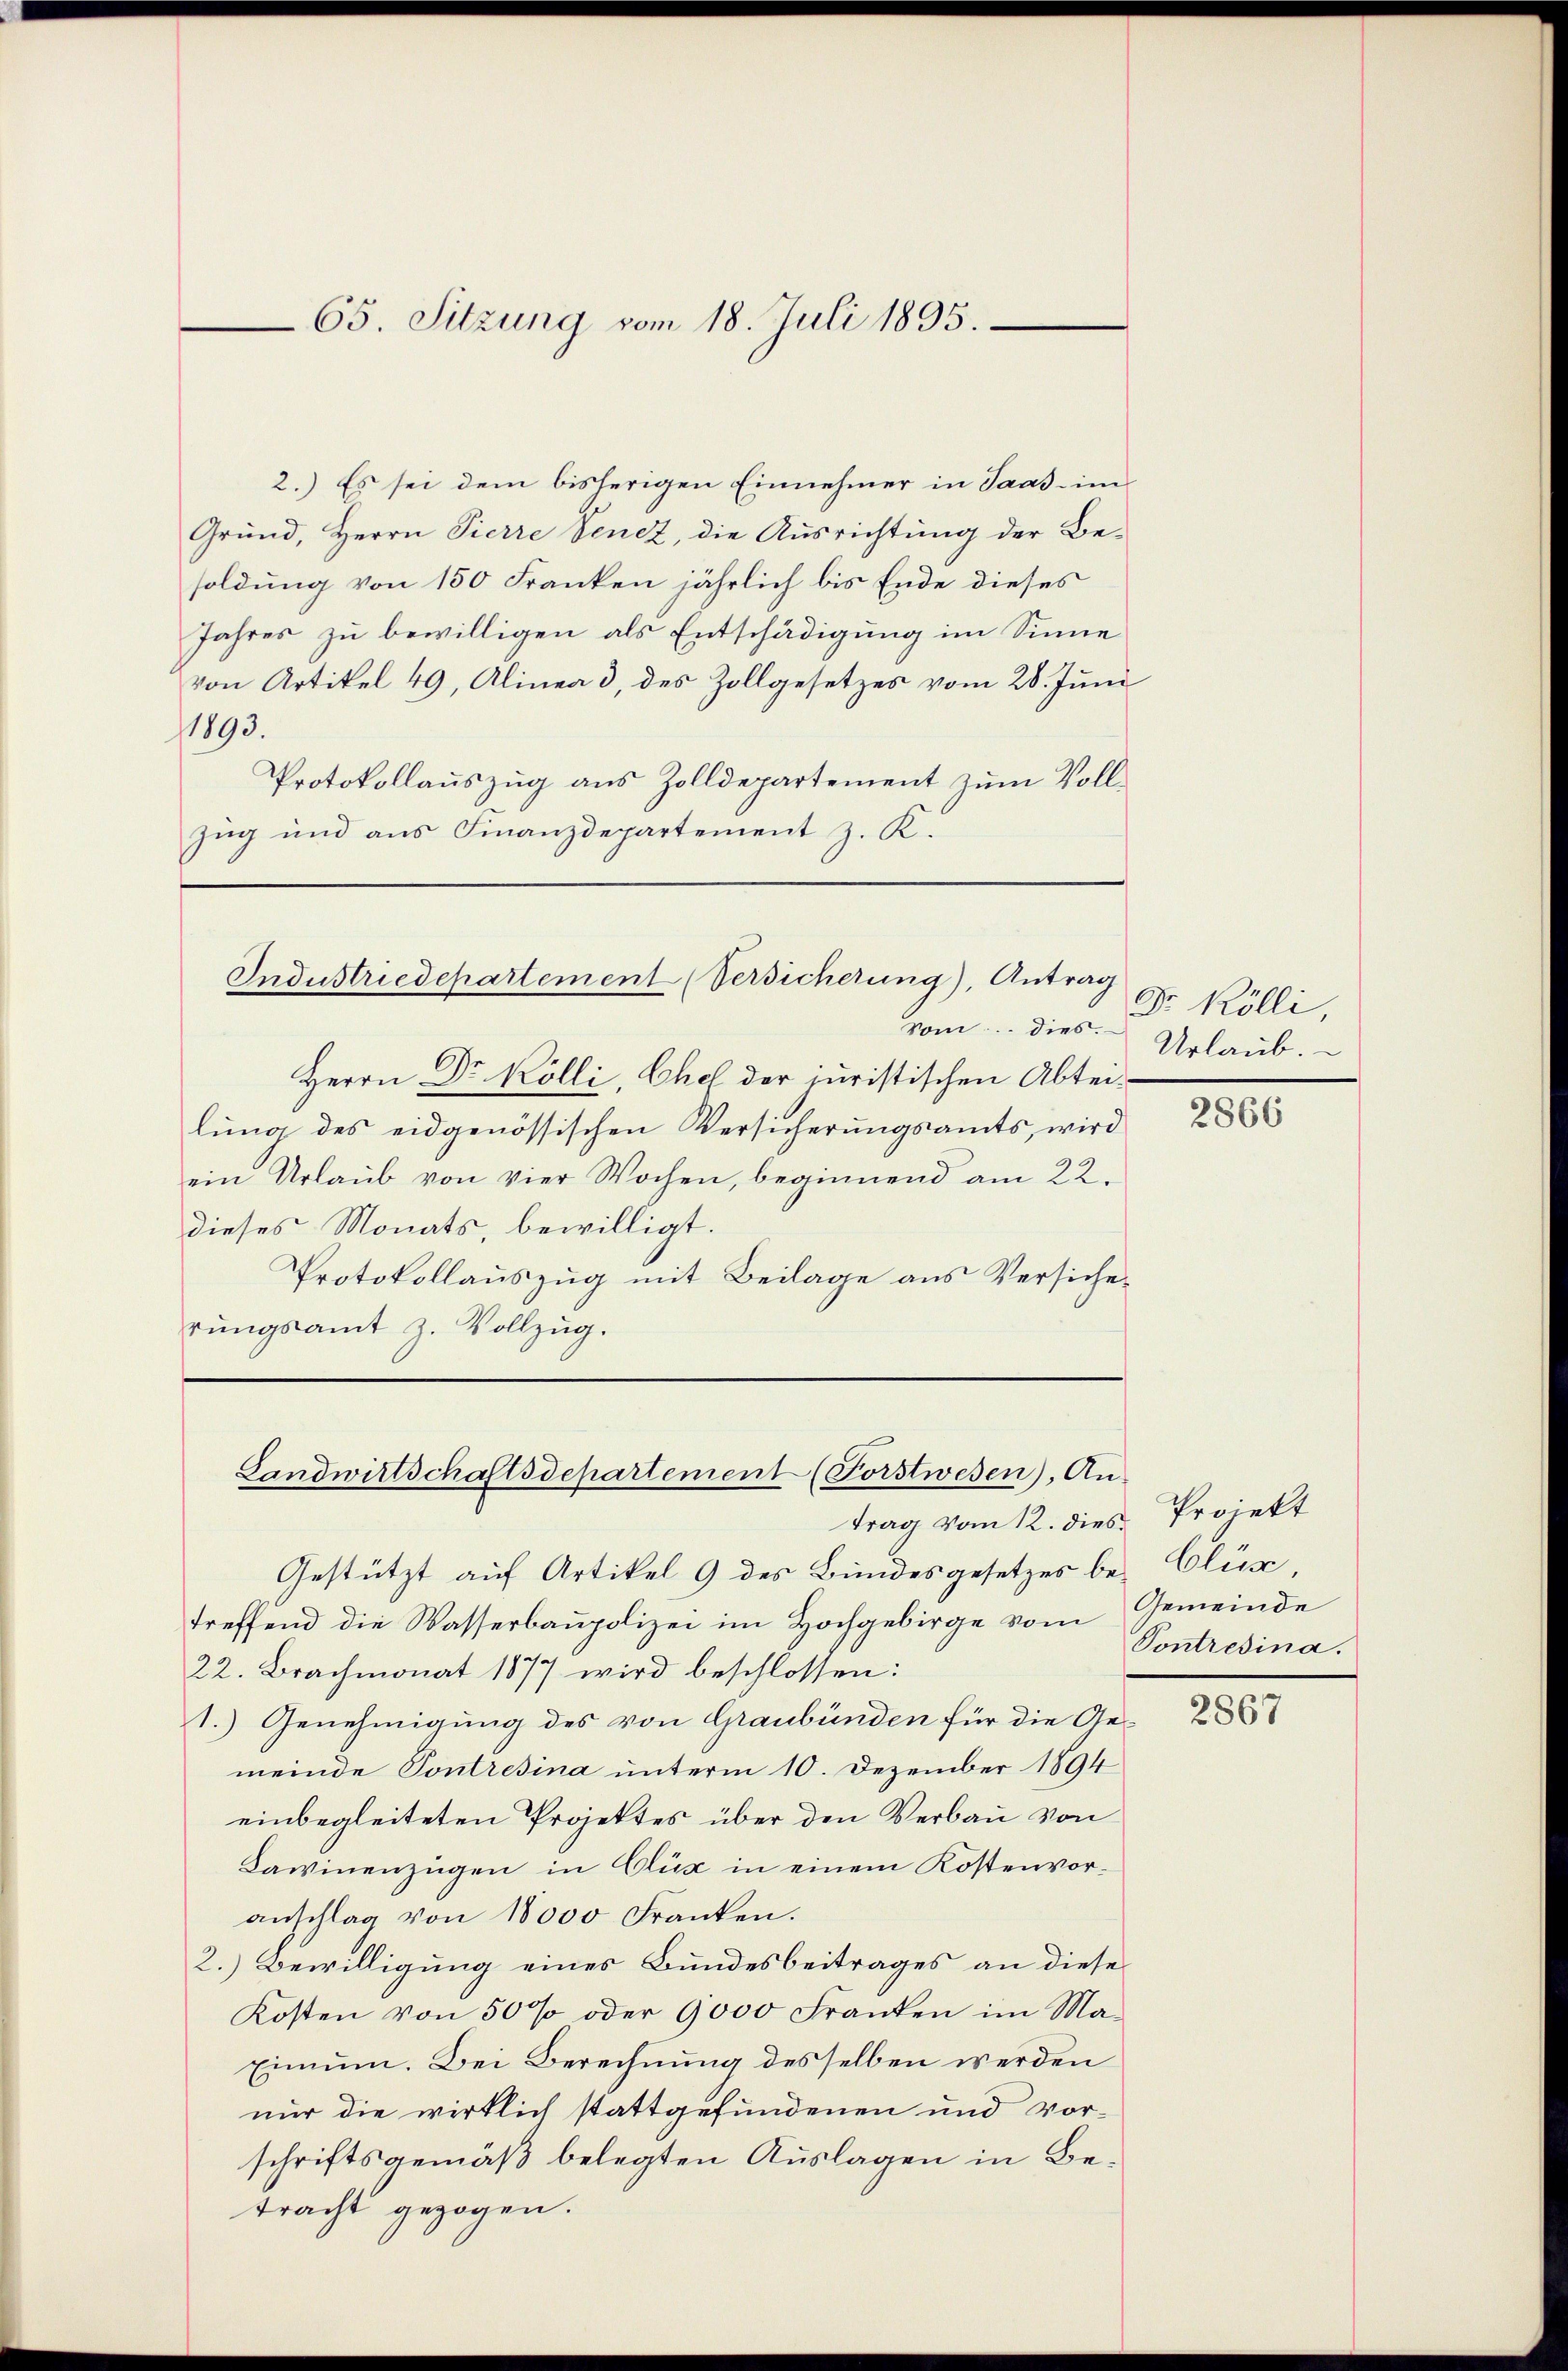
65. Sitzung vom 18. Juli 1895.

2.) Es sei dem bisherigen Einnehmer in Saas - im
Grund, Herrn Pierre Venez, die Ausrichtung der Besoldung von 150 Franken jährlich bis Ende dieses
Jahres zu bewilligen als Entschädigung im Sinne
von Artikel 49, Alinea 3, des Zollgesetzes vom 28. Juni
1893.
Protokollauszug aus Zolldepartement zum Voll¬
Zug und aus Finanzdepartement z. K.

Industriedepartement (Versicherung), Antrag

Landwirtschaftsdepartement (Forstwesen. An-

Som... dies.
Herrn Dr. Kölli, Chel der juristischen Abteilung des eidgenössischen Versicherungsamts, wird
ein Urlaŭb von vier Wochen, beginnend am 22.
dieses Monats, bewilligt.
Protokollauszug mit Beilage aus Versicherungsamt z. Vollzug.

trag vom 12. dies
Gestützt auf Artikel 9 des Bundesgesetzes betreffend die Wasserbaupolizei im Hochgebirge vom
22. Brachmonat 1877 wird beschlossen:
1.) Genehmigung des von Graubünden für die Gemeinde Pontresina unterm 10. Dezember 1894
einbegleiteten Projektes über den Verbau von
Lawinenzügen in Clix in einem Kostenvoranschlag von 18000 Franken.
2.) Bewilligung eines Bundesbeitrages an diese
Kosten von 50 % oder 9000 Franken im Ma-
Einum. Bei Berechnung desselben werden
nur die wirklich stattgefundenen und vorschriftsgemäß belegten Auslagen in Betracht gezogen.

Dr. Kölli,
Urlaub.

2866

Projekt
Clus,
Gemeinde
Pontresina.

2867